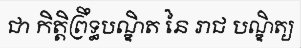
ជា កិត្តិព្រឹទ្ធបណ្ឌិត នៃ រាជ បណ្ឌិត្យ